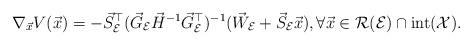
LaTeX: \begin{align*}\nabla_{\vec{x}}V(\vec{x})=-\vec{S}_{\mathcal{E}}^{\top}(\vec{G}_{\mathcal{E}}\vec{H}^{-1}\vec{G}_{\mathcal{E}}^{\top})^{-1}(\vec{W}_{\mathcal{E}}+\vec{S}_{\mathcal{E}}\vec{x}),\forall \vec{x} \in \mathcal{R}(\mathcal{E}) \cap \mathrm{int}(\mathcal{X}).\end{align*}